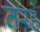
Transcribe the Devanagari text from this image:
तरहे